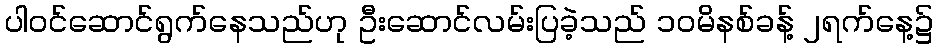
ပါဝင်ဆောင်ရွက်နေသည်ဟု ဦးဆောင်လမ်းပြခဲ့သည် ၁၀မိနစ်ခန့် ၂ရက်နေ့၌